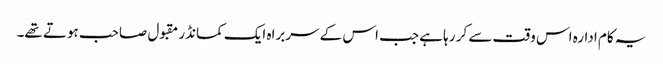
یہ کام ادارہ اس وقت سے کر رہا ہے جب اس کے سربراہ ایک کمانڈر مقبول صاحب ہوتے تھے۔